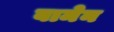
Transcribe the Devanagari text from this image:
बामेन